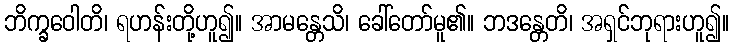
ဘိက္ခဝေါတိ၊ ရဟန်းတို့ဟူ၍။ အာမန္တေသိ၊ ခေါ်တော်မူ၏။ ဘဒန္တေတိ၊ အရှင်ဘုရားဟူ၍။